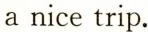
a nice trip.